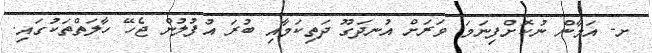
ށ- އަމާން ނުކޮށްފިނަމަ ވަރަށް އުނދަގޫ ދަތިކަމާއި ބުރަ އުފުލުން ޖެހޭ ހާލަތްތަކުގައި.